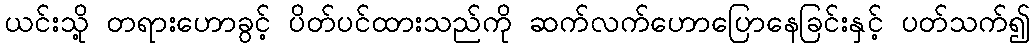
ယင်းသို့ တရားဟောခွင့် ပိတ်ပင်ထားသည်ကို ဆက်လက်ဟောပြောနေခြင်းနှင့် ပတ်သက်၍